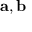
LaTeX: \mathbf { a } , \mathbf { b }